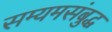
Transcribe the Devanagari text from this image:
सम्यमसंबुद्ध